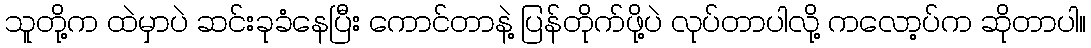
သူတို့က ထဲမှာပဲ ဆင်းခုခံနေပြီး ကောင်တာနဲ့ ပြန်တိုက်ဖို့ပဲ လုပ်တာပါလို့ ကလော့ပ်က ဆိုတာပါ။